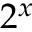
2 ^ { x }